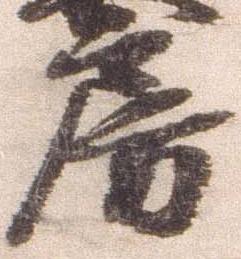
房